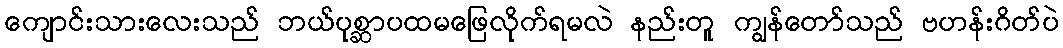
ကျောင်းသားလေးသည် ဘယ်ပုစ္ဆာပထမဖြေလိုက်ရမလဲ နည်းတူ ကျွန်တော်သည် ဗဟန်းဂိတ်ပဲ